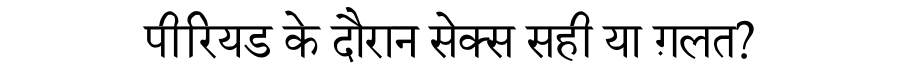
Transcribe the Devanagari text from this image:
पीरियड के दौरान सेक्स सही या ग़लत?